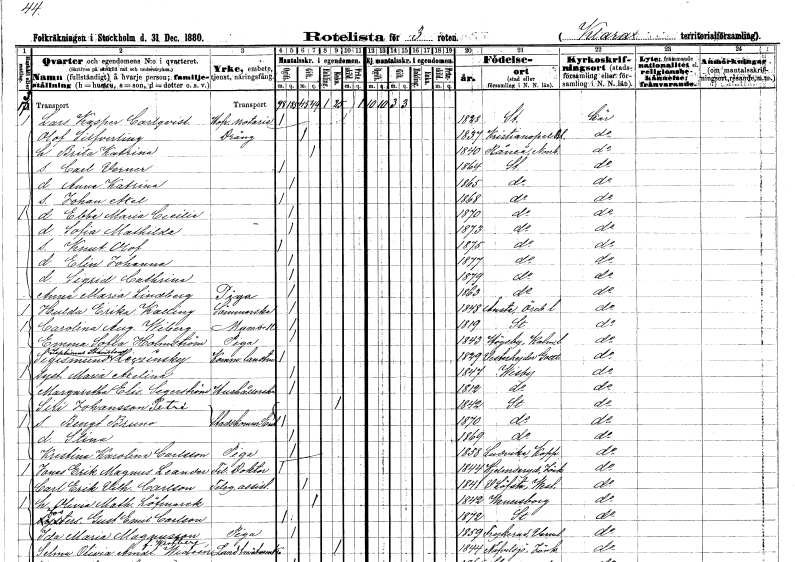
gt_parse: households: individuals: FN: Lars Kasper
EN: Carlqvist
YRKE: Hovrättsnotarie
KON: M
CIV: O
FODAR: 1828
FODFORS: Stockholm
FN: Olof
EN: Silfverling
YRKE: Dräng
KON: M
CIV: G
FODAR: 1837
FODFORS: Kristianopel Blekinge län
FN: Brita Katrina
KON: K
CIV: G
FODAR: 1840
FODFORS: Råneå Norrbottens län
FN: Carl Verner
KON: M
CIV: O
FODAR: 1864
FODFORS: Stockholm
FN: Anna Katrina
KON: K
CIV: O
FODAR: 1865
FODFORS: Stockholm
FN: Johan Axel
KON: M
CIV: O
FODAR: 1868
FODFORS: Stockholm
FN: Ebba Maria Cecilia
KON: K
CIV: O
FODAR: 1870
FODFORS: Stockholm
FN: Sofia Mathilda
KON: K
CIV: O
FODAR: 1873
FODFORS: Stockholm
FN: Knut Olof
KON: M
CIV: O
FODAR: 1875
FODFORS: Stockholm
FN: Elin Johanna
KON: K
CIV: O
FODAR: 1877
FODFORS: Stockholm
FN: Sigrid Cathrina
KON: K
CIV: O
FODAR: 1879
FODFORS: Stockholm
FN: Anna Maria
EN: Lindberg
YRKE: Piga
KON: K
CIV: O
FODAR: 1863
FODFORS: Stockholm
FN: Hulda Erika
EN: Kalling
YRKE: Sömmerska
KON: K
CIV: O
FODAR: 1848
FODFORS: Ånsta Örebro län
FN: Carolina Augusta
EN: Wiberg
KON: K
CIV: O
FODAR: 1819
FODFORS: Stockholm
FN: Emma Sofia
EN: Holmström
YRKE: Piga
KON: K
CIV: O
FODAR: 1843
FODFORS: Högsby Kalmar län
FN: Sigismund Septimus Stanislow
EN: Leczinsky
YRKE: Kommunal lantmätare
KON: M
CIV: O
FODAR: 1829
FODFORS: Västerhejde Gotlands län
FN: Maria Axelina
KON: K
CIV: O
FODAR: 1847
FODFORS: Visby Gotlands län
FN: Margaretha Elisabet
EN: Segerström
YRKE: Hushållerska
KON: K
CIV: O
FODAR: 1812
FODFORS: Visby Gotlands län
FN: Siri
EN: Johansson Petré
YRKE: Stadskomm.änka
KON: K
CIV: E
FODAR: 1842
FODFORS: Stockholm
FN: Bengt Bruno
KON: M
CIV: O
FODAR: 1870
FODFORS: Stockholm
FN: Stina
KON: K
CIV: O
FODAR: 1869
FODFORS: Stockholm
FN: Kristina Karolina
EN: Carlsson
YRKE: Piga
KON: K
CIV: O
FODAR: 1858
FODFORS: Ludvika Kopparbergs län
FN: Jonas Erik Magnus
EN: Leander
YRKE: Fil. doktor
KON: M
CIV: O
FODAR: 1844
FODFORS: Hjälmseryd Jönköpings län
FN: Carl Erik Vilhelm
EN: Carlson
YRKE: Telegrafassistent
KON: M
CIV: G
FODAR: 1841
FODFORS: Västerlövsta Västmanlands län
FN: Olivia Mathilda
EN: Löfmarck
KON: K
CIV: G
FODAR: 1842
FODFORS: Vänersborg Älvsborgs län
FN: Gustaf Emil
EN: Carlson
KON: M
CIV: O
FODAR: 1872
FODFORS: Stockholm
FN: Ida Maria
EN: Magnusson
YRKE: Piga
KON: K
CIV: O
FODAR: 1859
FODFORS: Frykerud Värmlands län
FN: Selma Olivia Amalia
EN: Wideén Westberg
YRKE: Lantmästareänka
KON: K
CIV: E
FODAR: 1844
FODFORS: Nävelsjö Jönköpings län